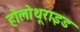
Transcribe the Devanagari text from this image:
होलोथूराइड